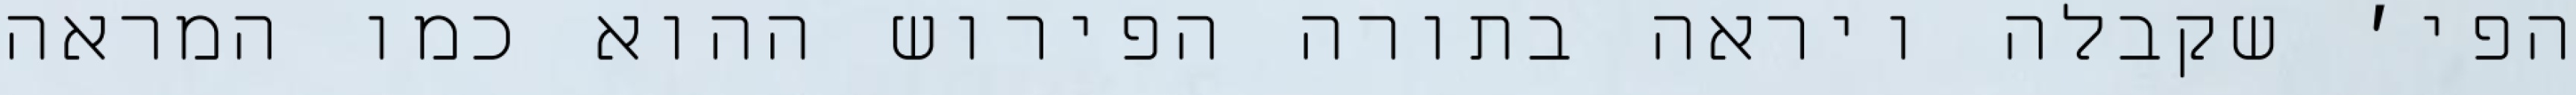
הפי׳ שקבלה ויראה בתורה הפירוש ההוא כמו המראה